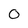
Character: O